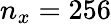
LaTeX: n_{x}=256